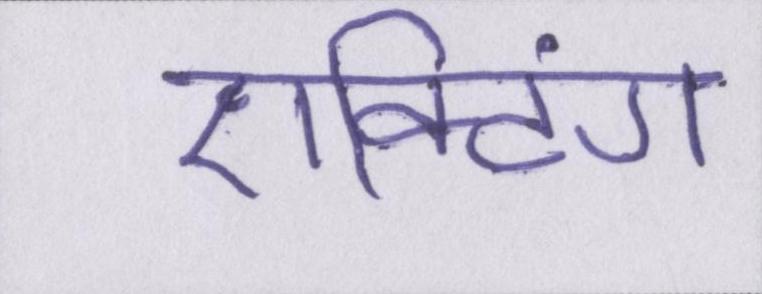
एक्टिंग